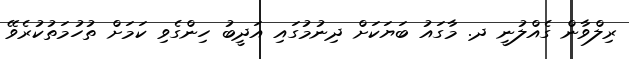
ރިލްވާން ގެއްލުނީ ދ. މާގައު ބަޔަކަށް ދިނުމުގައި އަދީބު ހިންގެވި ކަމަށް ތުހުމަތުކުރެވޭ